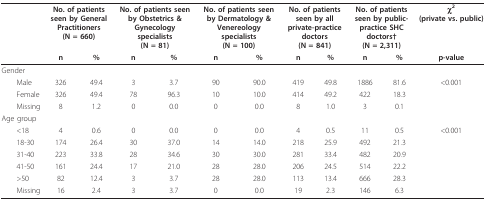
<table><thead><tr><td></td><td colspan="2"><b>No. of patients seen by General Practitioners(N = 660)</b></td><td colspan="2"><b>No. of patients seen by Obstetrics &amp; Gynecology specialists(N = 81)</b></td><td colspan="2"><b>No. of patients seen by Dermatology &amp; Venereology specialists(N = 100)</b></td><td colspan="2"><b>No. of patients seen by all private-practice doctors(N = 841)</b></td><td colspan="2"><b>No. of patients seen by public-practice SHC doctors†(N = 2,311)</b></td><td><b>χ<sup>2</sup>(private vs. public)</b></td></tr><tr><td></td><td><b>n</b></td><td><b>%</b></td><td><b>n</b></td><td><b>%</b></td><td><b>n</b></td><td><b>%</b></td><td><b>n</b></td><td><b>%</b></td><td><b>n</b></td><td><b>%</b></td><td><b>p-value</b></td></tr></thead><tbody><tr><td>Gender</td><td></td><td></td><td></td><td></td><td></td><td></td><td></td><td></td><td></td><td></td><td></td></tr><tr><td> Male</td><td>326</td><td>49.4</td><td>3</td><td>3.7</td><td>90</td><td>90.0</td><td>419</td><td>49.8</td><td>1886</td><td>81.6</td><td>&lt;0.001</td></tr><tr><td> Female</td><td>326</td><td>49.4</td><td>78</td><td>96.3</td><td>10</td><td>10.0</td><td>414</td><td>49.2</td><td>422</td><td>18.3</td><td></td></tr><tr><td> Missing</td><td>8</td><td>1.2</td><td>0</td><td>0.0</td><td>0</td><td>0.0</td><td>8</td><td>1.0</td><td>3</td><td>0.1</td><td></td></tr><tr><td>Age group</td><td></td><td></td><td></td><td></td><td></td><td></td><td></td><td></td><td></td><td></td><td></td></tr><tr><td> &lt;18</td><td>4</td><td>0.6</td><td>0</td><td>0.0</td><td>0</td><td>0.0</td><td>4</td><td>0.5</td><td>11</td><td>0.5</td><td>&lt;0.001</td></tr><tr><td> 18-30</td><td>174</td><td>26.4</td><td>30</td><td>37.0</td><td>14</td><td>14.0</td><td>218</td><td>25.9</td><td>492</td><td>21.3</td><td></td></tr><tr><td> 31-40</td><td>223</td><td>33.8</td><td>28</td><td>34.6</td><td>30</td><td>30.0</td><td>281</td><td>33.4</td><td>482</td><td>20.9</td><td></td></tr><tr><td> 41-50</td><td>161</td><td>24.4</td><td>17</td><td>21.0</td><td>28</td><td>28.0</td><td>206</td><td>24.5</td><td>514</td><td>22.2</td><td></td></tr><tr><td> &gt;50</td><td>82</td><td>12.4</td><td>3</td><td>3.7</td><td>28</td><td>28.0</td><td>113</td><td>13.4</td><td>666</td><td>28.3</td><td></td></tr><tr><td> Missing</td><td>16</td><td>2.4</td><td>3</td><td>3.7</td><td>0</td><td>0.0</td><td>19</td><td>2.3</td><td>146</td><td>6.3</td><td></td></tr></tbody></table>